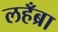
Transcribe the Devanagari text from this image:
लहँब्रा